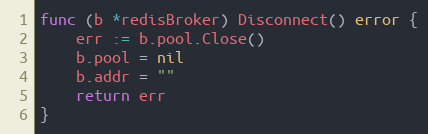
Language: Go
func (b *redisBroker) Disconnect() error {
	err := b.pool.Close()
	b.pool = nil
	b.addr = ""
	return err
}